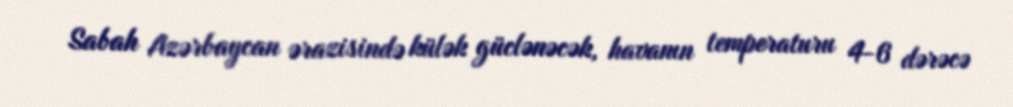
Sabah Azərbaycan ərazisində külək güclənəcək, havanın temperaturu 4-6 dərəcə